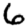
Digit: 6